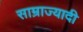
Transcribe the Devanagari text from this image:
साम्राज्यादी